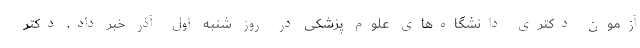
آزمون دکتری دانشگاه‌های علوم پزشکی در روز شنبه اول آذر خبر داد. دکتر